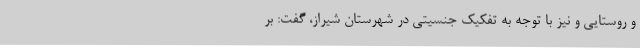
و روستایی و نیز با توجه به تفکیک جنسیتی در شهرستان شیراز، گفت: بر